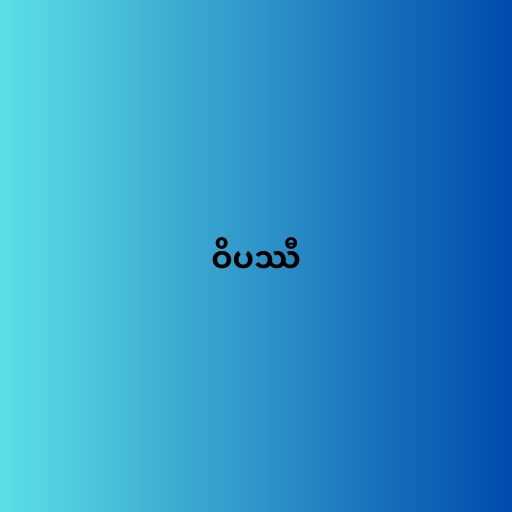
ဝိပဿီ